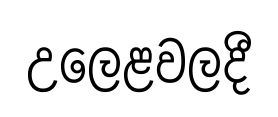
උලෙළවලදී